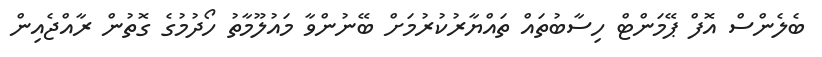
ބެލެންސް އޮފް ޕޭމަންޓް ހިސާބުތައް ތައްޔާރުކުރުމަށް ބޭނުންވާ މައުލޫމާތު ހޯދުމުގެ ގޮތުން ރާއްޖެއިން